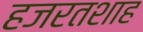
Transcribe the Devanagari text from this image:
हजरतशाह